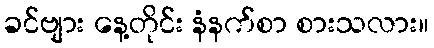
ခင်ဗျား နေ့တိုင်း နံနက်စာ စားသလား။